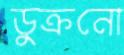
ডুক্‌রনো